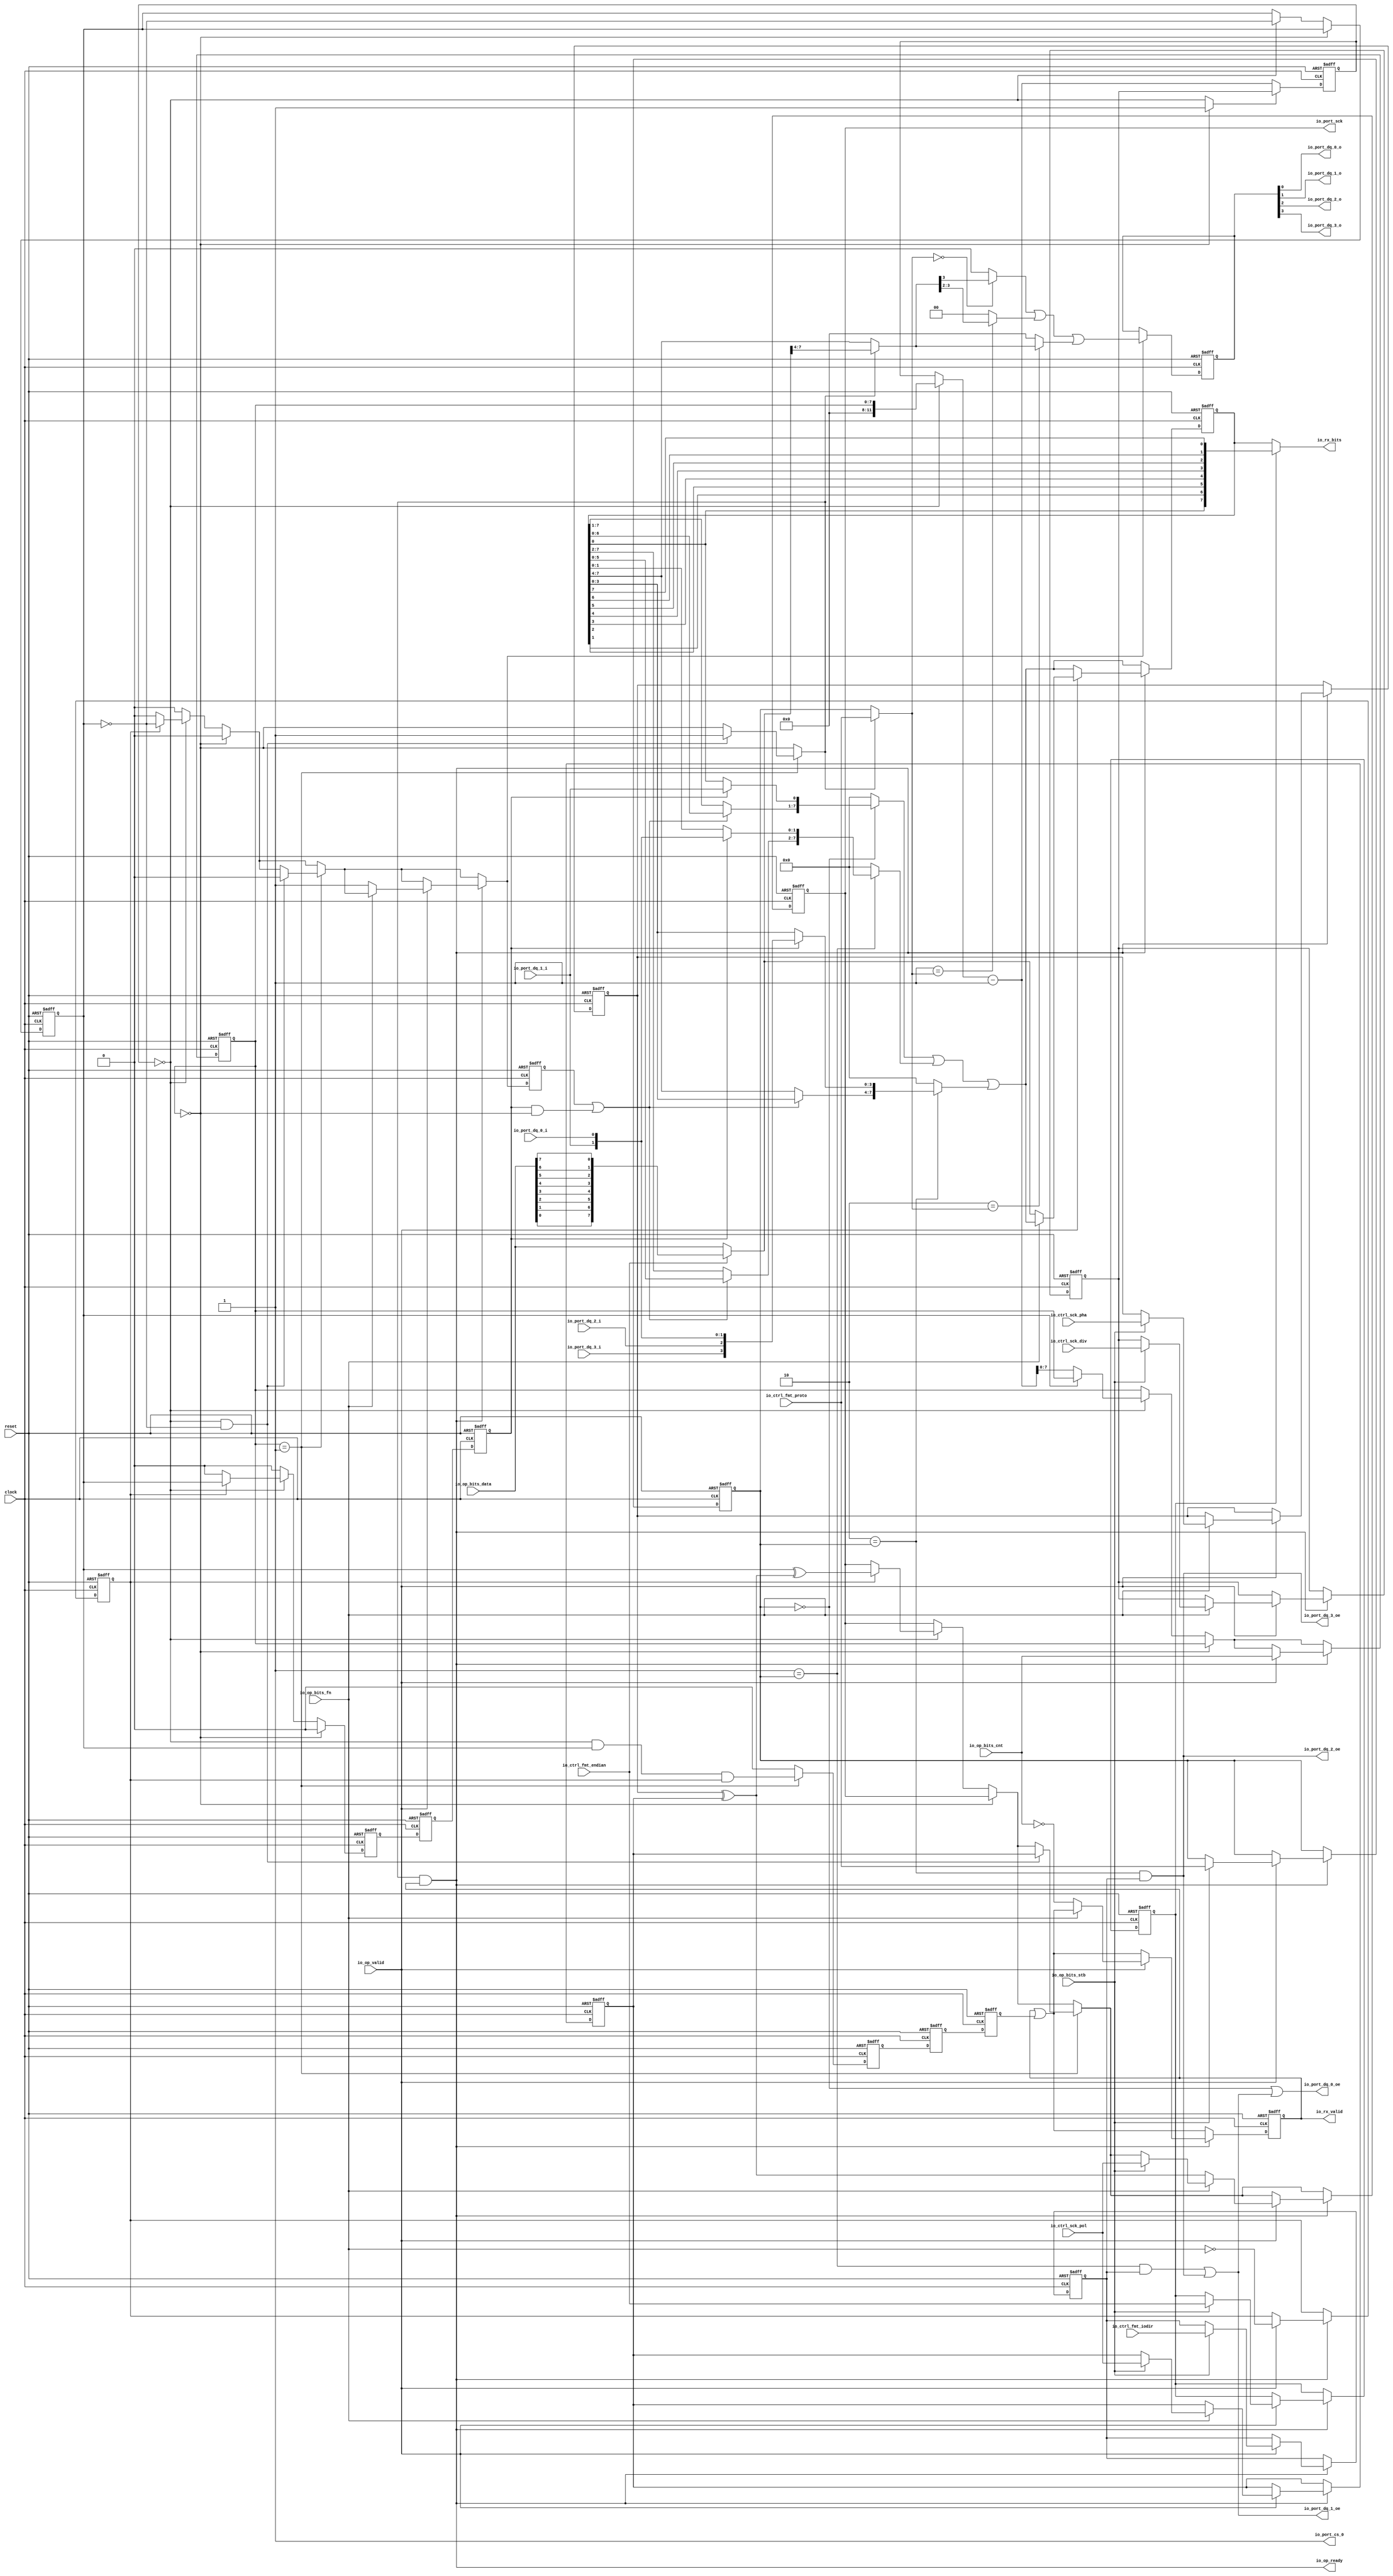

module n101_qspi_physical(
  input   clock,
  input   reset,
  output  io_port_sck,
  input   io_port_dq_0_i,
  output  io_port_dq_0_o,
  output  io_port_dq_0_oe,
  input   io_port_dq_1_i,
  output  io_port_dq_1_o,
  output  io_port_dq_1_oe,
  input   io_port_dq_2_i,
  output  io_port_dq_2_o,
  output  io_port_dq_2_oe,
  input   io_port_dq_3_i,
  output  io_port_dq_3_o,
  output  io_port_dq_3_oe,
  output  io_port_cs_0,
  input  [11:0] io_ctrl_sck_div,
  input   io_ctrl_sck_pol,
  input   io_ctrl_sck_pha,
  input  [1:0] io_ctrl_fmt_proto,
  input   io_ctrl_fmt_endian,
  input   io_ctrl_fmt_iodir,
  output  io_op_ready,
  input   io_op_valid,
  input   io_op_bits_fn,
  input   io_op_bits_stb,
  input  [7:0] io_op_bits_cnt,
  input  [7:0] io_op_bits_data,
  output  io_rx_valid,
  output [7:0] io_rx_bits
);
  reg [11:0] ctrl_sck_div;
  reg [31:0] GEN_2;
  reg  ctrl_sck_pol;
  reg [31:0] GEN_31;
  reg  ctrl_sck_pha;
  reg [31:0] GEN_52;
  reg [1:0] ctrl_fmt_proto;
  reg [31:0] GEN_67;
  reg  ctrl_fmt_endian;
  reg [31:0] GEN_68;
  reg  ctrl_fmt_iodir;
  reg [31:0] GEN_69;
  wire  proto_0;
  wire  proto_1;
  wire  proto_2;
  wire  accept;
  wire  sample;
  wire  setup;
  wire  last;
  reg  setup_d;
  reg [31:0] GEN_70;
  reg  T_119;
  reg [31:0] GEN_71;
  reg  T_120;
  reg [31:0] GEN_72;
  reg  sample_d;
  reg [31:0] GEN_73;
  reg  T_122;
  reg [31:0] GEN_74;
  reg  T_123;
  reg [31:0] GEN_75;
  reg  last_d;
  reg [31:0] GEN_76;
  reg [7:0] scnt;
  reg [31:0] GEN_77;
  reg [11:0] tcnt;
  reg [31:0] GEN_78;
  wire  stop;
  wire  beat;
  wire [11:0] T_127;
  wire [12:0] T_129;
  wire [11:0] decr;
  wire  sched;
  wire [11:0] T_130;
  reg  sck;
  reg [31:0] GEN_79;
  reg  cref;
  reg [31:0] GEN_80;
  wire  cinv;
  wire [1:0] T_133;
  wire [1:0] T_134;
  wire [3:0] rxd;
  wire  samples_0;
  wire [1:0] samples_1;
  reg [7:0] buffer;
  reg [31:0] GEN_81;
  wire  T_135;
  wire  T_136;
  wire  T_137;
  wire  T_138;
  wire  T_139;
  wire  T_140;
  wire  T_141;
  wire  T_142;
  wire  T_143;
  wire [1:0] T_144;
  wire [1:0] T_145;
  wire [3:0] T_146;
  wire [1:0] T_147;
  wire [1:0] T_148;
  wire [3:0] T_149;
  wire [7:0] T_150;
  wire [7:0] buffer_in;
  wire  T_151;
  wire  shift;
  wire [6:0] T_152;
  wire [6:0] T_153;
  wire [6:0] T_154;
  wire  T_155;
  wire  T_157;
  wire [7:0] T_158;
  wire [5:0] T_159;
  wire [5:0] T_160;
  wire [5:0] T_161;
  wire [1:0] T_162;
  wire [1:0] T_163;
  wire [7:0] T_164;
  wire [3:0] T_165;
  wire [3:0] T_166;
  wire [3:0] T_167;
  wire [3:0] T_169;
  wire [7:0] T_170;
  wire [7:0] T_172;
  wire [7:0] T_174;
  wire [7:0] T_176;
  wire [7:0] T_178;
  wire [7:0] T_179;
  wire [7:0] T_180;
  reg [3:0] txd;
  reg [31:0] GEN_82;
  wire [3:0] T_182;
  wire [3:0] txd_in;
  wire [1:0] T_184;
  wire  txd_sel_0;
  wire  txd_sel_1;
  wire  txd_sel_2;
  wire  txd_shf_0;
  wire [1:0] txd_shf_1;
  wire  T_186;
  wire [1:0] T_188;
  wire [3:0] T_190;
  wire [1:0] GEN_65;
  wire [1:0] T_192;
  wire [3:0] GEN_66;
  wire [3:0] T_193;
  wire [3:0] T_194;
  wire [3:0] GEN_0;
  wire  T_195;
  wire  T_196;
  wire  txen_1;
  wire  txen_0;
  wire  T_202_0;
  wire  T_206;
  wire  T_207;
  wire  T_208;
  wire  T_209;
  reg  done;
  reg [31:0] GEN_83;
  wire  T_212;
  wire  T_213;
  wire  T_215;
  wire  T_216;
  wire  T_217;
  wire  T_218;
  wire  T_219;
  wire  T_220;
  wire  T_221;
  wire [1:0] T_222;
  wire [1:0] T_223;
  wire [3:0] T_224;
  wire [1:0] T_225;
  wire [1:0] T_226;
  wire [3:0] T_227;
  wire [7:0] T_228;
  wire [7:0] T_229;
  reg  xfr;
  reg [31:0] GEN_84;
  wire  GEN_1;
  wire  T_234;
  wire  T_236;
  wire  T_237;
  wire  GEN_3;
  wire  GEN_4;
  wire  GEN_5;
  wire [11:0] GEN_6;
  wire  GEN_7;
  wire  GEN_8;
  wire  GEN_9;
  wire  GEN_10;
  wire [11:0] GEN_11;
  wire  GEN_12;
  wire  GEN_13;
  wire  GEN_14;
  wire  GEN_15;
  wire [11:0] GEN_16;
  wire  T_243;
  wire  T_244;
  wire  T_245;
  wire  T_248;
  wire  GEN_17;
  wire  GEN_18;
  wire  GEN_19;
  wire  GEN_20;
  wire  GEN_21;
  wire  GEN_22;
  wire  GEN_23;
  wire  T_251;
  wire [1:0] GEN_24;
  wire  GEN_25;
  wire  GEN_26;
  wire  T_256;
  wire  T_259;
  wire [7:0] GEN_27;
  wire  GEN_28;
  wire  GEN_29;
  wire  GEN_30;
  wire  GEN_32;
  wire [11:0] GEN_33;
  wire  GEN_34;
  wire  GEN_35;
  wire  GEN_36;
  wire [11:0] GEN_37;
  wire  GEN_38;
  wire  GEN_39;
  wire [11:0] GEN_40;
  wire [1:0] GEN_41;
  wire  GEN_42;
  wire  GEN_43;
  wire  GEN_44;
  wire [7:0] GEN_45;
  wire  GEN_46;
  wire  GEN_47;
  wire  GEN_48;
  wire [11:0] GEN_49;
  wire  GEN_50;
  wire  GEN_51;
  wire [11:0] GEN_53;
  wire [1:0] GEN_54;
  wire  GEN_55;
  wire  GEN_56;
  wire  GEN_57;
  wire [7:0] GEN_58;
  wire  GEN_59;
  wire  GEN_60;
  wire  GEN_61;
  wire [11:0] GEN_62;
  wire  GEN_63;
  wire  GEN_64;
  assign io_port_sck = sck;
  assign io_port_dq_0_o = T_206;
  assign io_port_dq_0_oe = txen_0;
  assign io_port_dq_1_o = T_207;
  assign io_port_dq_1_oe = txen_1;
  assign io_port_dq_2_o = T_208;
  assign io_port_dq_2_oe = T_196;
  assign io_port_dq_3_o = T_209;
  assign io_port_dq_3_oe = io_port_dq_2_oe; 
  assign io_port_cs_0 = T_202_0;
  assign io_op_ready = T_251;
  assign io_rx_valid = done;
  assign io_rx_bits = T_229;
  assign proto_0 = 2'h0 == ctrl_fmt_proto;
  assign proto_1 = 2'h1 == ctrl_fmt_proto;
  assign proto_2 = 2'h2 == ctrl_fmt_proto;
  assign accept = GEN_21;
  assign sample = GEN_14;
  assign setup = GEN_60;
  assign last = GEN_20;
  assign stop = scnt == 8'h0;
  assign beat = tcnt == 12'h0;
  assign T_127 = beat ? {{4'd0}, scnt} : tcnt;
  assign T_129 = T_127 - 12'h1;
  assign decr = T_129[11:0];
  assign sched = GEN_1;
  assign T_130 = sched ? ctrl_sck_div : decr;
  assign cinv = ctrl_sck_pha ^ ctrl_sck_pol;
  assign T_133 = {io_port_dq_1_i,io_port_dq_0_i};
  assign T_134 = {io_port_dq_3_i,io_port_dq_2_i};
  assign rxd = {T_134,T_133};
  assign samples_0 = rxd[1];
  assign samples_1 = rxd[1:0];
  assign T_135 = io_ctrl_fmt_endian == 1'h0;
  assign T_136 = io_op_bits_data[0];
  assign T_137 = io_op_bits_data[1];
  assign T_138 = io_op_bits_data[2];
  assign T_139 = io_op_bits_data[3];
  assign T_140 = io_op_bits_data[4];
  assign T_141 = io_op_bits_data[5];
  assign T_142 = io_op_bits_data[6];
  assign T_143 = io_op_bits_data[7];
  assign T_144 = {T_142,T_143};
  assign T_145 = {T_140,T_141};
  assign T_146 = {T_145,T_144};
  assign T_147 = {T_138,T_139};
  assign T_148 = {T_136,T_137};
  assign T_149 = {T_148,T_147};
  assign T_150 = {T_149,T_146};
  assign buffer_in = T_135 ? io_op_bits_data : T_150;
  assign T_151 = sample_d & stop;
  assign shift = setup_d | T_151;
  assign T_152 = buffer[6:0];
  assign T_153 = buffer[7:1];
  assign T_154 = shift ? T_152 : T_153;
  assign T_155 = buffer[0];
  assign T_157 = sample_d ? samples_0 : T_155;
  assign T_158 = {T_154,T_157};
  assign T_159 = buffer[5:0];
  assign T_160 = buffer[7:2];
  assign T_161 = shift ? T_159 : T_160;
  assign T_162 = buffer[1:0];
  assign T_163 = sample_d ? samples_1 : T_162;
  assign T_164 = {T_161,T_163};
  assign T_165 = buffer[3:0];
  assign T_166 = buffer[7:4];
  assign T_167 = shift ? T_165 : T_166;
  assign T_169 = sample_d ? rxd : T_165;
  assign T_170 = {T_167,T_169};
  assign T_172 = proto_0 ? T_158 : 8'h0;
  assign T_174 = proto_1 ? T_164 : 8'h0;
  assign T_176 = proto_2 ? T_170 : 8'h0;
  assign T_178 = T_172 | T_174;
  assign T_179 = T_178 | T_176;
  assign T_180 = T_179;
  assign T_182 = buffer_in[7:4];
  assign txd_in = accept ? T_182 : T_166;
  assign T_184 = accept ? io_ctrl_fmt_proto : ctrl_fmt_proto;
  assign txd_sel_0 = 2'h0 == T_184;
  assign txd_sel_1 = 2'h1 == T_184;
  assign txd_sel_2 = 2'h2 == T_184;
  assign txd_shf_0 = txd_in[3];
  assign txd_shf_1 = txd_in[3:2];
  assign T_186 = txd_sel_0 ? txd_shf_0 : 1'h0;
  assign T_188 = txd_sel_1 ? txd_shf_1 : 2'h0;
  assign T_190 = txd_sel_2 ? txd_in : 4'h0;
  assign GEN_65 = {{1'd0}, T_186};
  assign T_192 = GEN_65 | T_188;
  assign GEN_66 = {{2'd0}, T_192};
  assign T_193 = GEN_66 | T_190;
  assign T_194 = T_193;
  assign GEN_0 = setup ? T_194 : txd;
  assign T_195 = proto_1 & ctrl_fmt_iodir;
  assign T_196 = proto_2 & ctrl_fmt_iodir;
  assign txen_1 = T_195 | T_196;
  assign txen_0 = proto_0 | txen_1;
  assign T_202_0 = 1'h1;
  assign T_206 = txd[0];
  assign T_207 = txd[1];
  assign T_208 = txd[2];
  assign T_209 = txd[3];
  assign T_212 = done | last_d;
  assign T_213 = ctrl_fmt_endian == 1'h0;
  assign T_215 = buffer[1];
  assign T_216 = buffer[2];
  assign T_217 = buffer[3];
  assign T_218 = buffer[4];
  assign T_219 = buffer[5];
  assign T_220 = buffer[6];
  assign T_221 = buffer[7];
  assign T_222 = {T_220,T_221};
  assign T_223 = {T_218,T_219};
  assign T_224 = {T_223,T_222};
  assign T_225 = {T_216,T_217};
  assign T_226 = {T_155,T_215};
  assign T_227 = {T_226,T_225};
  assign T_228 = {T_227,T_224};
  assign T_229 = T_213 ? buffer : T_228;
  assign GEN_1 = stop ? 1'h1 : beat;
  assign T_234 = stop == 1'h0;
  assign T_236 = cref == 1'h0;
  assign T_237 = cref ^ cinv;
  assign GEN_3 = xfr ? T_237 : sck;
  assign GEN_4 = xfr ? cref : 1'h0;
  assign GEN_5 = xfr ? T_236 : 1'h0;
  assign GEN_6 = T_236 ? decr : {{4'd0}, scnt};
  assign GEN_7 = beat ? T_236 : cref;
  assign GEN_8 = beat ? GEN_3 : sck;
  assign GEN_9 = beat ? GEN_4 : 1'h0;
  assign GEN_10 = beat ? GEN_5 : 1'h0;
  assign GEN_11 = beat ? GEN_6 : {{4'd0}, scnt};
  assign GEN_12 = T_234 ? GEN_7 : cref;
  assign GEN_13 = T_234 ? GEN_8 : sck;
  assign GEN_14 = T_234 ? GEN_9 : 1'h0;
  assign GEN_15 = T_234 ? GEN_10 : 1'h0;
  assign GEN_16 = T_234 ? GEN_11 : {{4'd0}, scnt};
  assign T_243 = scnt == 8'h1;
  assign T_244 = beat & cref;
  assign T_245 = T_244 & xfr;
  assign T_248 = beat & T_236;
  assign GEN_17 = T_248 ? 1'h1 : stop;
  assign GEN_18 = T_248 ? 1'h0 : GEN_15;
  assign GEN_19 = T_248 ? ctrl_sck_pol : GEN_13;
  assign GEN_20 = T_243 ? T_245 : 1'h0;
  assign GEN_21 = T_243 ? GEN_17 : stop;
  assign GEN_22 = T_243 ? GEN_18 : GEN_15;
  assign GEN_23 = T_243 ? GEN_19 : GEN_13;
  assign T_251 = accept & done;
  assign GEN_24 = io_op_bits_stb ? io_ctrl_fmt_proto : ctrl_fmt_proto;
  assign GEN_25 = io_op_bits_stb ? io_ctrl_fmt_endian : ctrl_fmt_endian;
  assign GEN_26 = io_op_bits_stb ? io_ctrl_fmt_iodir : ctrl_fmt_iodir;
  assign T_256 = 1'h0 == io_op_bits_fn;
  assign T_259 = io_op_bits_cnt == 8'h0;
  assign GEN_27 = T_256 ? buffer_in : T_180;
  assign GEN_28 = T_256 ? cinv : GEN_23;
  assign GEN_29 = T_256 ? 1'h1 : GEN_22;
  assign GEN_30 = T_256 ? T_259 : T_212;
  assign GEN_32 = io_op_bits_stb ? io_ctrl_sck_pol : GEN_28;
  assign GEN_33 = io_op_bits_stb ? io_ctrl_sck_div : ctrl_sck_div;
  assign GEN_34 = io_op_bits_stb ? io_ctrl_sck_pol : ctrl_sck_pol;
  assign GEN_35 = io_op_bits_stb ? io_ctrl_sck_pha : ctrl_sck_pha;
  assign GEN_36 = io_op_bits_fn ? GEN_32 : GEN_28;
  assign GEN_37 = io_op_bits_fn ? GEN_33 : ctrl_sck_div;
  assign GEN_38 = io_op_bits_fn ? GEN_34 : ctrl_sck_pol;
  assign GEN_39 = io_op_bits_fn ? GEN_35 : ctrl_sck_pha;
  assign GEN_40 = io_op_valid ? {{4'd0}, io_op_bits_cnt} : GEN_16;
  assign GEN_41 = io_op_valid ? GEN_24 : ctrl_fmt_proto;
  assign GEN_42 = io_op_valid ? GEN_25 : ctrl_fmt_endian;
  assign GEN_43 = io_op_valid ? GEN_26 : ctrl_fmt_iodir;
  assign GEN_44 = io_op_valid ? T_256 : xfr;
  assign GEN_45 = io_op_valid ? GEN_27 : T_180;
  assign GEN_46 = io_op_valid ? GEN_36 : GEN_23;
  assign GEN_47 = io_op_valid ? GEN_29 : GEN_22;
  assign GEN_48 = io_op_valid ? GEN_30 : T_212;
  assign GEN_49 = io_op_valid ? GEN_37 : ctrl_sck_div;
  assign GEN_50 = io_op_valid ? GEN_38 : ctrl_sck_pol;
  assign GEN_51 = io_op_valid ? GEN_39 : ctrl_sck_pha;
  assign GEN_53 = T_251 ? GEN_40 : GEN_16;
  assign GEN_54 = T_251 ? GEN_41 : ctrl_fmt_proto;
  assign GEN_55 = T_251 ? GEN_42 : ctrl_fmt_endian;
  assign GEN_56 = T_251 ? GEN_43 : ctrl_fmt_iodir;
  assign GEN_57 = T_251 ? GEN_44 : xfr;
  assign GEN_58 = T_251 ? GEN_45 : T_180;
  assign GEN_59 = T_251 ? GEN_46 : GEN_23;
  assign GEN_60 = T_251 ? GEN_47 : GEN_22;
  assign GEN_61 = T_251 ? GEN_48 : T_212;
  assign GEN_62 = T_251 ? GEN_49 : ctrl_sck_div;
  assign GEN_63 = T_251 ? GEN_50 : ctrl_sck_pol;
  assign GEN_64 = T_251 ? GEN_51 : ctrl_sck_pha;

  always @(posedge clock or posedge reset)
  if (reset) begin
    ctrl_sck_div <= 12'b0;
    ctrl_sck_pol <= 1'b0;
    ctrl_sck_pha <= 1'b0;
    ctrl_fmt_proto <= 2'b0;
    ctrl_fmt_endian <= 1'b0;
    ctrl_fmt_iodir <= 1'b0;
    setup_d <= 1'b0;
    tcnt <= 12'b0;
    sck <= 1'b0;
    buffer <= 8'b0;
    xfr <= 1'b0;
  end
  else begin
    if (T_251) begin
      if (io_op_valid) begin
        if (io_op_bits_fn) begin
          if (io_op_bits_stb) begin
            ctrl_sck_div <= io_ctrl_sck_div;
          end
        end
      end
    end
    if (T_251) begin
      if (io_op_valid) begin
        if (io_op_bits_fn) begin
          if (io_op_bits_stb) begin
            ctrl_sck_pol <= io_ctrl_sck_pol;
          end
        end
      end
    end
    if (T_251) begin
      if (io_op_valid) begin
        if (io_op_bits_fn) begin
          if (io_op_bits_stb) begin
            ctrl_sck_pha <= io_ctrl_sck_pha;
          end
        end
      end
    end
    if (T_251) begin
      if (io_op_valid) begin
        if (io_op_bits_stb) begin
          ctrl_fmt_proto <= io_ctrl_fmt_proto;
        end
      end
    end
    if (T_251) begin
      if (io_op_valid) begin
        if (io_op_bits_stb) begin
          ctrl_fmt_endian <= io_ctrl_fmt_endian;
        end
      end
    end
    if (T_251) begin
      if (io_op_valid) begin
        if (io_op_bits_stb) begin
          ctrl_fmt_iodir <= io_ctrl_fmt_iodir;
        end
      end
    end
    setup_d <= setup;




    if (sched) begin
      tcnt <= ctrl_sck_div;
    end else begin
      tcnt <= decr;
    end
    if (T_251) begin
      if (io_op_valid) begin
        if (io_op_bits_fn) begin
          if (io_op_bits_stb) begin
            sck <= io_ctrl_sck_pol;
          end else begin
            if (T_256) begin
              sck <= cinv;
            end else begin
              if (T_243) begin
                if (T_248) begin
                  sck <= ctrl_sck_pol;
                end else begin
                  if (T_234) begin
                    if (beat) begin
                      if (xfr) begin
                        sck <= T_237;
                      end
                    end
                  end
                end
              end else begin
                if (T_234) begin
                  if (beat) begin
                    if (xfr) begin
                      sck <= T_237;
                    end
                  end
                end
              end
            end
          end
        end else begin
          if (T_256) begin
            sck <= cinv;
          end else begin
            if (T_243) begin
              if (T_248) begin
                sck <= ctrl_sck_pol;
              end else begin
                if (T_234) begin
                  if (beat) begin
                    if (xfr) begin
                      sck <= T_237;
                    end
                  end
                end
              end
            end else begin
              if (T_234) begin
                if (beat) begin
                  if (xfr) begin
                    sck <= T_237;
                  end
                end
              end
            end
          end
        end
      end else begin
        if (T_243) begin
          if (T_248) begin
            sck <= ctrl_sck_pol;
          end else begin
            sck <= GEN_13;
          end
        end else begin
          sck <= GEN_13;
        end
      end
    end else begin
      if (T_243) begin
        if (T_248) begin
          sck <= ctrl_sck_pol;
        end else begin
          sck <= GEN_13;
        end
      end else begin
        sck <= GEN_13;
      end
    end



    if (T_251) begin
      if (io_op_valid) begin
        if (T_256) begin
          if (T_135) begin
            buffer <= io_op_bits_data;
          end else begin
            buffer <= T_150;
          end
        end else begin
          buffer <= T_180;
        end
      end else begin
        buffer <= T_180;
      end
    end else begin
      buffer <= T_180;
    end

    if (T_251) begin
      if (io_op_valid) begin
        xfr <= T_256;
      end
    end

  end


  always @(posedge clock or posedge reset)
    if (reset) begin
      cref <= 1'h1;
    end else begin
      if (T_234) begin
        if (beat) begin
          cref <= T_236;
        end
      end
    end


  always @(posedge clock or posedge reset)
    if (reset) begin
      txd <= 4'h0;
    end else begin
      if (setup) begin
        txd <= T_194;
      end
    end

  always @(posedge clock or posedge reset)
    if (reset) begin
      done <= 1'h1;
    end else begin
      if (T_251) begin
        if (io_op_valid) begin
          if (T_256) begin
            done <= T_259;
          end else begin
            done <= T_212;
          end
        end else begin
          done <= T_212;
        end
      end else begin
        done <= T_212;
      end
    end



  always @(posedge clock or posedge reset)
    if (reset) begin
      T_119 <= 1'h0;
    end else begin
      T_119 <= sample;
    end

  always @(posedge clock or posedge reset)
    if (reset) begin
      T_120 <= 1'h0;
    end else begin
      T_120 <= T_119;
    end

  always @(posedge clock or posedge reset)
    if (reset) begin
      sample_d <= 1'h0;
    end else begin
      sample_d <= T_120;
    end

  always @(posedge clock or posedge reset)
    if (reset) begin
      T_122 <= 1'h0;
    end else begin
      T_122 <= last;
    end

  always @(posedge clock or posedge reset)
    if (reset) begin
      T_123 <= 1'h0;
    end else begin
      T_123 <= T_122;
    end

  always @(posedge clock or posedge reset)
    if (reset) begin
      last_d <= 1'h0;
    end else begin
      last_d <= T_123;
    end

  always @(posedge clock or posedge reset)
    if (reset) begin
      scnt <= 8'h0;
    end else begin
      scnt <= GEN_53[7:0];
    end

endmodule